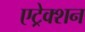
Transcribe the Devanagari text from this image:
एट्रेक्शन